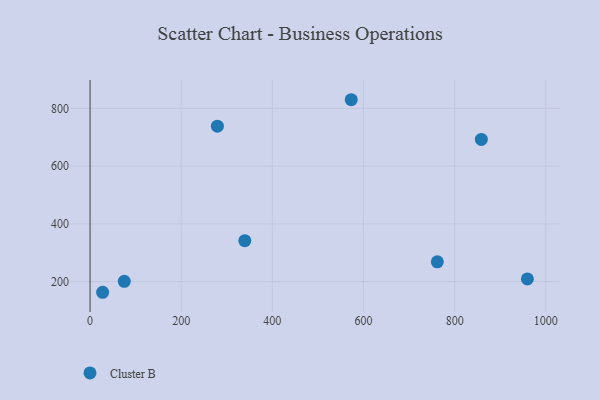
{"axis": {"x": "Speed", "y": "Yield"}, "legend": ["Cluster B"], "data": [{"x": "339.6", "y": 341.6, "type": "Cluster B"}, {"x": "959.6", "y": 209.2, "type": "Cluster B"}, {"x": "279.4", "y": 738.3, "type": "Cluster B"}, {"x": "75.1", "y": 200.7, "type": "Cluster B"}, {"x": "858.6", "y": 692.6, "type": "Cluster B"}, {"x": "762.0", "y": 268.5, "type": "Cluster B"}, {"x": "573.1", "y": 830.0, "type": "Cluster B"}, {"x": "27.6", "y": 162.9, "type": "Cluster B"}]}